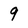
Character: 9